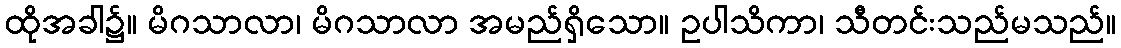
ထိုအခါ၌။ မိဂသာလာ၊ မိဂသာလာ အမည်ရှိသော။ ဥပါသိကာ၊ သီတင်းသည်မသည်။